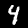
Digit: 4